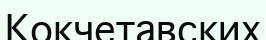
Кокчетавских